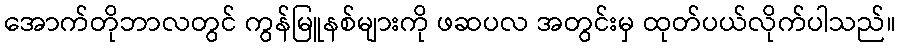
အောက်တိုဘာလတွင် ကွန်မြူနစ်များကို ဖဆပလ အတွင်းမှ ထုတ်ပယ်လိုက်ပါသည်။